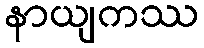
နာယျကဿ